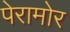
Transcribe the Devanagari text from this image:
पेरामोर